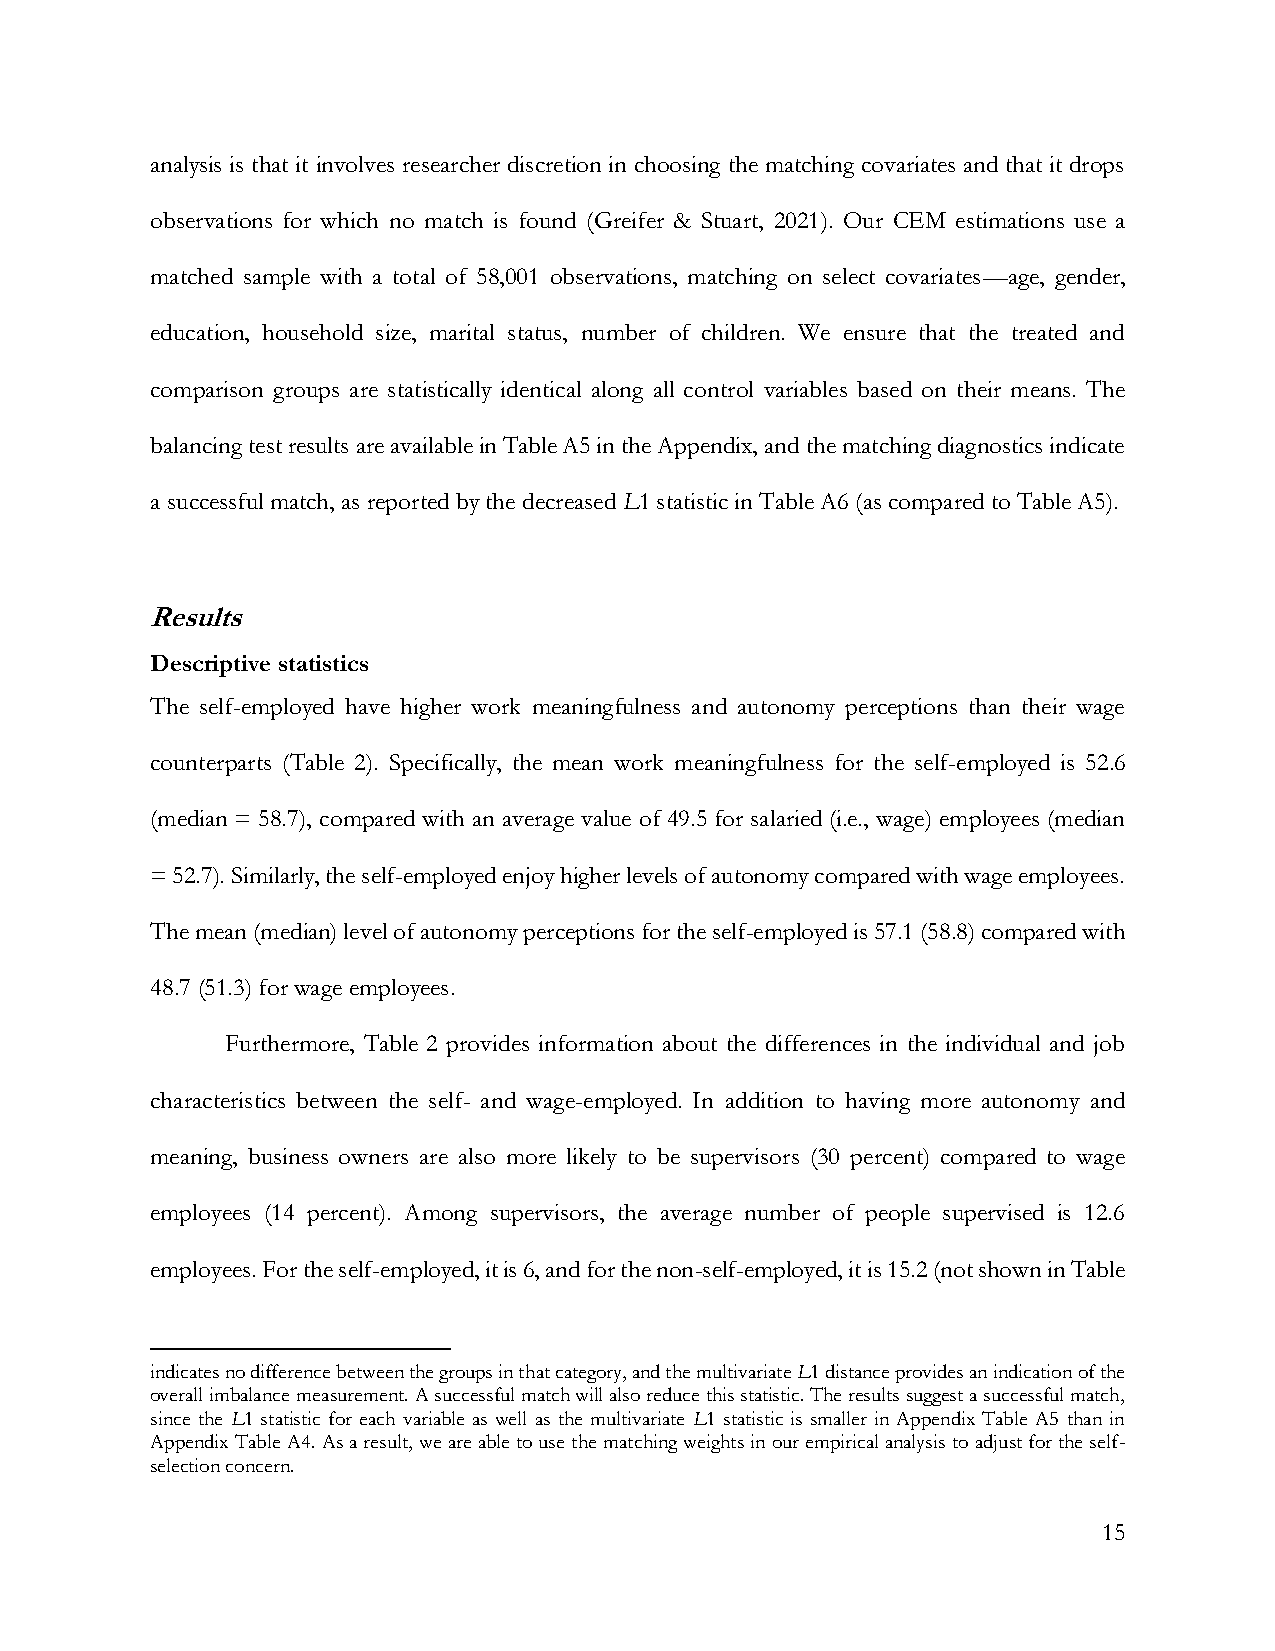
analysis is that it involves researcher discretion in choosing the matching covariates and that it drops
 observations for which no match is found (Greifer & Stuart, 2021). Our CEM estimations use a
 matched sample with a total of 58,001 observations, matching on select covariates—age, gender,
 education, household size, marital status, number of children. We ensure that the treated and
 comparison groups are statistically identical along all control variables based on their means. The
 balancing test results are available in Table A5 in the Appendix, and the matching diagnostics indicate
 a successful match, as reported by the decreased L1 statistic in Table A6 (as compared to Table A5).
 Results
 Descriptive statistics
 The self-employed have higher work meaningfulness and autonomy perceptions than their wage
 counterparts (Table 2). Specifically, the mean work meaningfulness for the self-employed is 52.6
 (median = 58.7), compared with an average value of 49.5 for salaried (i.e., wage) employees (median
 = 52.7). Similarly, the self-employed enjoy higher levels of autonomy compared with wage employees.
 The mean (median) level of autonomy perceptions for the self-employed is 57.1 (58.8) compared with
 48.7 (51.3) for wage employees.
 Furthermore, Table 2 provides information about the differences in the individual and job
 characteristics between the self- and wage-employed. In addition to having more autonomy and
 meaning, business owners are also more likely to be supervisors (30 percent) compared to wage
 employees (14 percent). Among supervisors, the average number of people supervised is 12.6
 employees. For the self-employed, it is 6, and for the non-self-employed, it is 15.2 (not shown in Table
 indicates no difference between the groups in that category, and the multivariate L1 distance provides an indication of the
 overall imbalance measurement. A successful match will also reduce this statistic. The results suggest a successful match,
 since the L1 statistic for each variable as well as the multivariate L1 statistic is smaller in Appendix Table A5 than in
 Appendix Table A4. As a result, we are able to use the matching weights in our empirical analysis to adjust for the self-
 selection concern.
 15